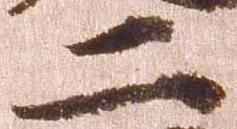
二